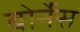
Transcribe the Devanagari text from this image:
बोर्नेस